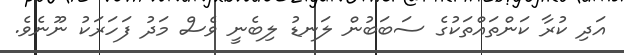
އަދި ކުރާ ކަންތައްތަކުގެ ސަބަބުން ލަނޑު ލިބެނީ ވެސް މަދު ފަހަރަކު ނޫނެވެ.